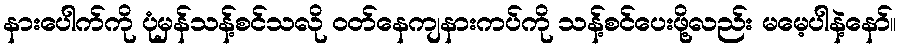
နားပေါက်ကို ပုံမှန်သန့်စင်သလို ဝတ်နေကျနားကပ်ကို သန့်စင်ပေးဖို့လည်း မမေ့ပါနဲ့နော်။